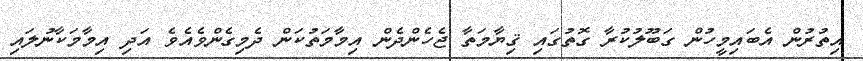
އިތުރުން އެބައިމީހުން ގަބޫލުކުރާ ގޮތުގައި ޤިޔާމަތާ ޖެހެންދެން އިމާމަތުކަން ދެމިގެންވެއެވެ އަދި އިމާމަކާނުލައި